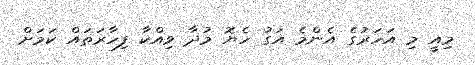
މިއީ މި އަހަރުގެ އެންމެ އަގު ހެޔޮ މުދާ ވިއްކާ ފިހާރަތައް ކަމަށް